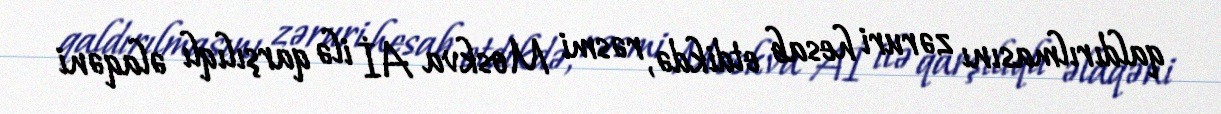
qaldırılmasını zəruri hesab etdikdə, rəsmi Moskva Aİ ilə qarşılıqlı əlaqəni